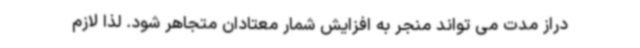
دراز مدت می تواند منجر به افزایش شمار معتادان متجاهر شود. لذا لازم